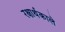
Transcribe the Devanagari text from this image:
रक्षार्थकाले